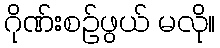
ဂိုဏ်းစဉ်ဖွယ် မလို။